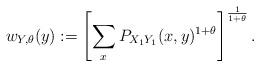
LaTeX: \begin{align*}w_{Y,\theta}(y) := \left[ \sum_x P_{X_1 Y_1}(x,y)^{1+\theta} \right]^{\frac{1}{1+\theta}}.\end{align*}